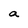
Character: a